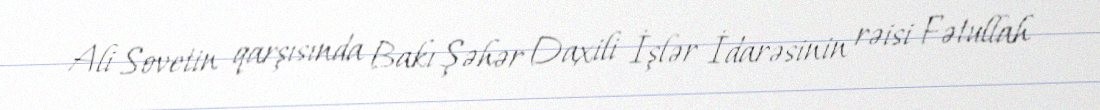
Ali Sovetin qarşısında Bakı Şəhər Daxili İşlər İdarəsinin rəisi Fətullah